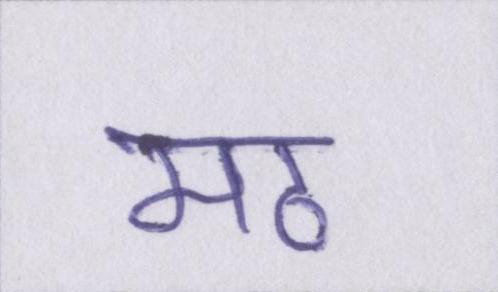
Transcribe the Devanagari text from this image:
मठ